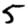
Digit: 5